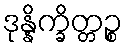
ဒုန္နိက္ခိတ္တဉ္စ